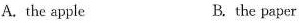
A. the apple B. the paper